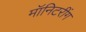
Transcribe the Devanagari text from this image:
मॉनिटरींग